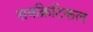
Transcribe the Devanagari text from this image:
सबक्रिटिकल